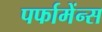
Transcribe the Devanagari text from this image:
पर्फामेंन्स